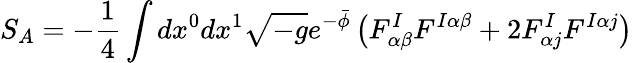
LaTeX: S_{A}=-\frac{1}{4}\int dx^{0}dx^{1}\sqrt{-g}e^{-\bar{\phi}}\left(F_{\alpha\beta}^{I}F^{I\alpha\beta}+2F_{\alpha j}^{I}F^{I\alpha j}\right)